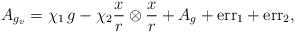
LaTeX: \begin{align*} A_{g_v} = \chi_1\,g - \chi_2 \frac{x}{r} \otimes \frac{x}{r} + A_g + \textrm{err}_1 + \textrm{err}_2,\end{align*}